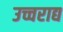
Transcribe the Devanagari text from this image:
उच्चराद्य